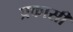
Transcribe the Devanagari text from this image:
प्रकासी